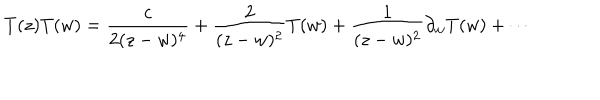
LaTeX: T ( z ) T ( w ) = \frac { c } { 2 ( z - w ) ^ { 4 } } + \frac { 2 } { ( z - w ) ^ { 2 } } T ( w ) + \frac { 1 } { ( z - w ) ^ { 2 } } \partial _ { w } T ( w ) + \cdots